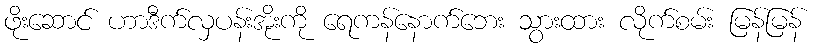
ဖိုးဆောင် ဟာဒီက်လှပန်းအိုးကို ရေကန်နောက်ဘေး သွားထား လိုက်စမ်း မြန်မြန်